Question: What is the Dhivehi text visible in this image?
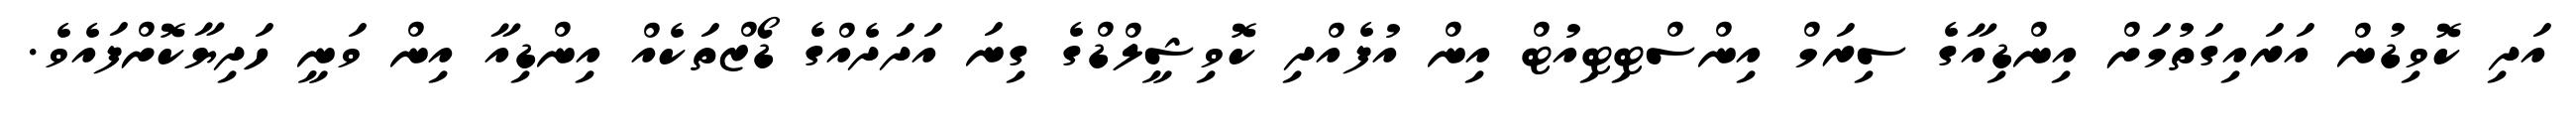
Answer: އަދި ކޮވިޑުން އަރައިގަތުމަށް އިންޑިއާގެ ސިރަމް އިންސްޓިޓިއުޓް އިން އުފެއްދި ކޮވިޝީލްޑްގެ ގިނަ އަދަދެއްގެ ޑޯޒްތަކެއް އިންޑިއާ އިން ވަނީ ހަދިޔާކޮށްފައެވެ.